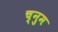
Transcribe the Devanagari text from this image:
च्नुम